Annual report of the Punjab Veterinary College and of the Civil Veterinary Department, Punjab - 1926-1932
Year: 1926
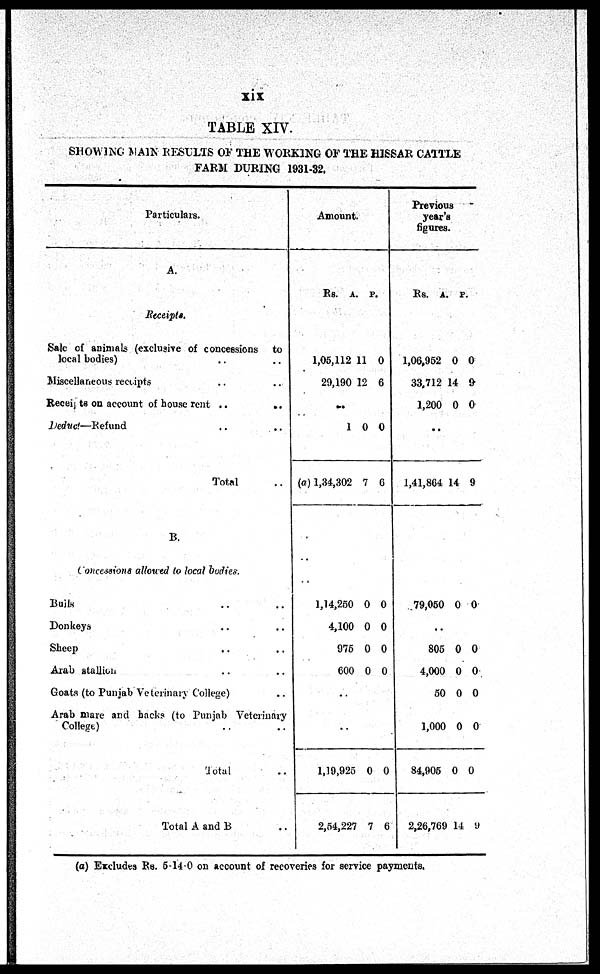
xix
TABLE XIV.
SHOWING MAIN RESULTS OF THE WORKING OF THE HISSAR CATTLE
FARM DURING 1931-32.
Particulars.
A.
Receipts.
Sale of animals (exclusive of concessions to
local bodies) .. ..
Miscellaneous receipts .. .. ..
Receipts on account of house rent .. .. ..
Deduct—Refund .. .. ..
Total ..
B.
Concessions allowed to local bodies.
Bulls .. .. ..
Donkeys .. .. ..
Sheep .. ..
Arab stallion .. ..
Goats (to Punjab Veterinary College) .. .. ..
Arab mare and hacks (to Punjab Veterinary
College) .. ..
Total ..
Total A and B ..
Amount.
Rs.
A. P.
1,05,112
29,190
11
12
0
6
..
1
(a) 1,34,302
0
7
0
6
..
1,14,250
4,100
975
600
0
0
0
0
0
0
0
0
..
..
1,19,925
2,54,227
0
7
0
6
Previous
year's
figures.
Rs.
A. P.
1,06,952
33,712
1,200
0
14
0
0
9
0
..
1,41,864 14 9
79,050 0 0
..
805
4,000
50
1,000
84,905
2,26,769
0
0
0
0
0
14
0
0
0
0
0
9
(a) Excludes Rs. 5-14-0 on account of recoveries for service payments.